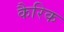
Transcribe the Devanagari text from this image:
कैरिक